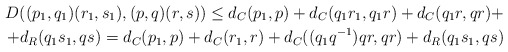
\begin{align*}D((p_1,q_1)(r_1,s_1),(p,q)(r,s))\leq d_C(p_1,p)+d_C(q_1r_1,q_1r)+d_C(q_1r,qr)+ \\ +d_R(q_1s_1, qs)=d_C(p_1,p)+d_C(r_1,r)+d_C((q_1q^{-1})qr,qr)+d_R(q_1s_1, qs)\end{align*}